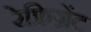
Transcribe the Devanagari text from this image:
रेफ्रिज्रेंट